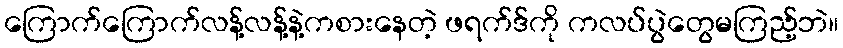
ကြောက်ကြောက်လန့်လန့်နဲ့ကစားနေတဲ့ ဖရက်ဒ်ကို ကလပ်ပွဲတွေမကြည့်ဘဲ။